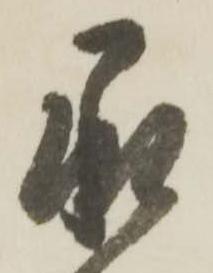
承